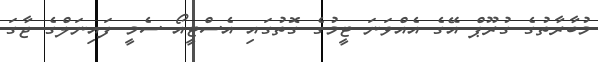
މުބާރާތުގެ ގުރޫޕް އޭގެ އެއްވަނަ ޓީމުގެ ގޮތުގައި އެސްޓީއޯ ސެމީ ފައިނަލްގެ ޖާގަ